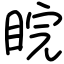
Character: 睆